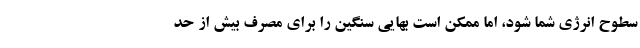
سطوح انرژی شما شود، اما ممکن است بهایی سنگین را برای مصرف بیش از حد